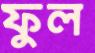
ফুল